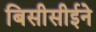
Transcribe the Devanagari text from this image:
बिसीसीईने